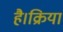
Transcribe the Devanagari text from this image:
है।क्रिया